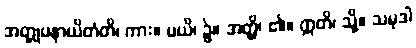
အတ္တုပနာယိတံတိ၊ ကား။ မယိ၊ ၌။ အတ္ထိ၊ ၏။ ဣတိ၊ သို့။ သမုဒါ